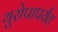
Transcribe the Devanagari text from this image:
युरोपापर्यंत